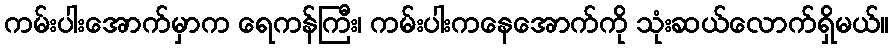
ကမ်းပါးအောက်မှာက ရေကန်ကြီး၊ ကမ်းပါးကနေအောက်ကို သုံးဆယ်လောက်ရှိမယ်။